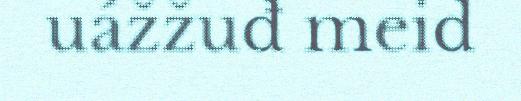
uážžuđ meid